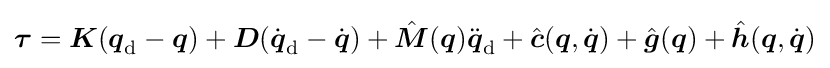
{\boldsymbol {\tau }}={\boldsymbol {K}}({\boldsymbol {q}}_{\mathrm {d} }-{\boldsymbol {q}})+{\boldsymbol {D}}({\dot {\boldsymbol {q}}}_{\mathrm {d} }-{\dot {\boldsymbol {q}}})+{\hat {\boldsymbol {M}}}({\boldsymbol {q}}){\ddot {\boldsymbol {q}}}_{\mathrm {d} }+{\hat {\boldsymbol {c}}}({\boldsymbol {q}},{\dot {\boldsymbol {q}}})+{\hat {\boldsymbol {g}}}({\boldsymbol {q}})+{\hat {\boldsymbol {h}}}({\boldsymbol {q}},{\dot {\boldsymbol {q}}})